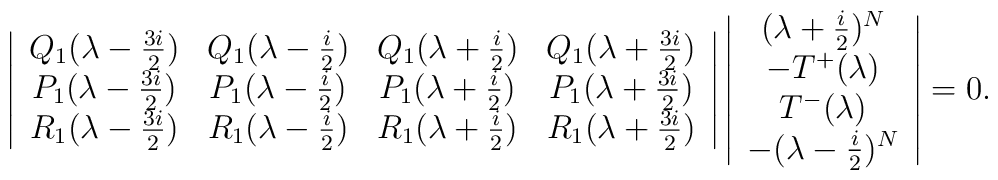
\left|\begin{array}{cccc} Q_1(\lambda -\frac{3i}{2})& Q_1(\lambda -\frac{i}{2})& Q_1(\lambda +\frac{i}{2}) & Q_1(\lambda +\frac{3i}{2}) \\ P_1(\lambda -\frac{3i}{2})& P_1(\lambda -\frac{i}{2})& P_1(\lambda +\frac{i}{2}) & P_1(\lambda +\frac{3i}{2}) \\ R_1(\lambda -\frac{3i}{2})& R_1(\lambda -\frac{i}{2})& R_1(\lambda +\frac{i}{2}) & R_1(\lambda +\frac{3i}{2}) \end{array} \right|\left|\begin{array}{c}(\lambda + \frac{i}{2})^N \\- T^+(\lambda) \\  T^-(\lambda) \\- (\lambda -\frac{i}{2})^N \end{array} \right| = 0.